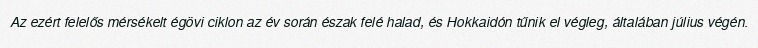
Az ezért felelős mérsékelt égövi ciklon az év során észak felé halad, és Hokkaidón tűnik el végleg, általában július végén.